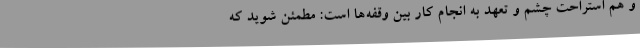
و هم استراحت چشم و تعهد به انجام کار بین وقفه‌ها است: مطمئن شوید که